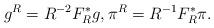
LaTeX: \begin{align*}g^R = R^{-2} F_R^* g, \pi^R = R^{-1} F_R^* \pi.\end{align*}